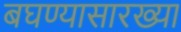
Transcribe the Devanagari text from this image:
बघण्यासारख्या